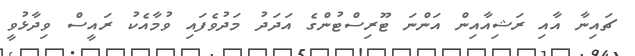
ޗައިނާ އާއި ރަޝިއާއިން އަންނަ ޓޫރިސްޓުންގެ އަދަދު މަދުވެފައި ވުމާއެކު ރައީސް ވިދާޅުވީ